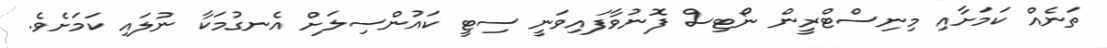
ތަނެއް ކަމަށާއި މިނިސްޓްރީން ނޯޓިސް ފޮނުވާފައިވަނީ ސިޓީ ކައުންސިލަށް އެނގުމަކާ ނުލައި ކަމަށެވެ.